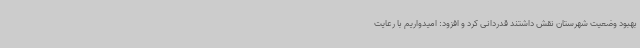
بهبود وضعیت شهرستان نقش داشتند قدردانی کرد و افزود: امیدواریم با رعایت